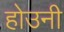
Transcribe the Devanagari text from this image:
होउनी